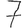
Digit: 7